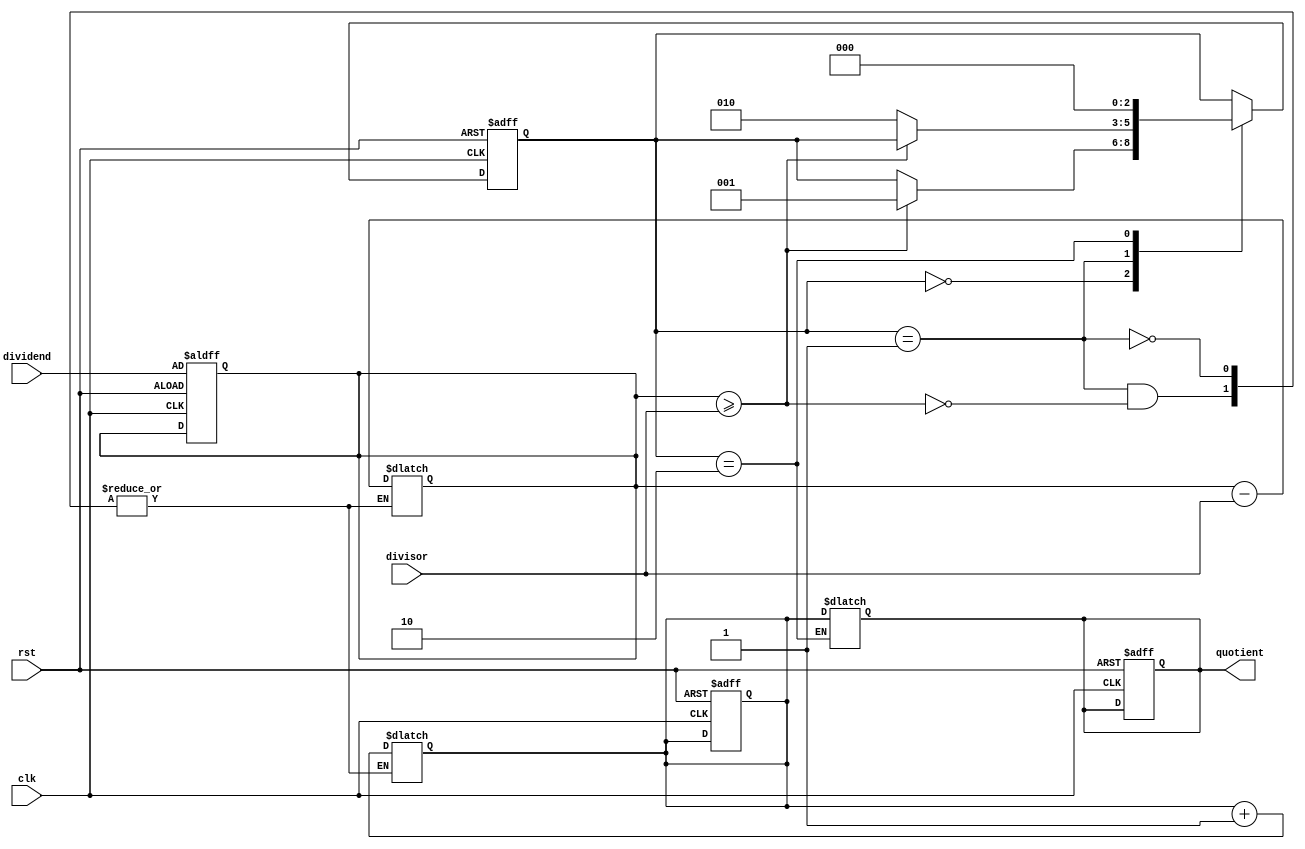
module Divider (
    input wire clk,
    input wire rst,
    input wire [7:0] dividend,
    input wire [7:0] divisor,
    output reg [7:0] quotient
);

reg [7:0] remainder;
reg [7:0] count;

// State definitions
parameter IDLE = 3'b000;
parameter SUBTRACT = 3'b001;
parameter UPDATE_QUOTIENT = 3'b010;

reg [2:0] state, next_state;

always @ (posedge clk or posedge rst) begin
    if (rst) begin
        state <= IDLE;
        quotient <= 8'b0;
        remainder <= dividend;
        count <= 8'b0;
    end else begin
        state <= next_state;
    end
end

always @ (*) begin
    next_state = state;
    case (state)
        IDLE: begin
            if (remainder >= divisor) begin
                next_state = SUBTRACT;
            end
        end
        SUBTRACT: begin
            if (remainder >= divisor) begin
                remainder <= remainder - divisor;
                count <= count + 1;
            end else begin
                next_state = UPDATE_QUOTIENT;
            end
        end
        UPDATE_QUOTIENT: begin
            quotient <= count;
            next_state = IDLE;
        end
    endcase
end

endmodule